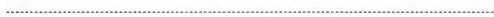
___